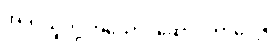
အဲဒါ သူတို့ အယောင်ဆောင်တာပေါ့။